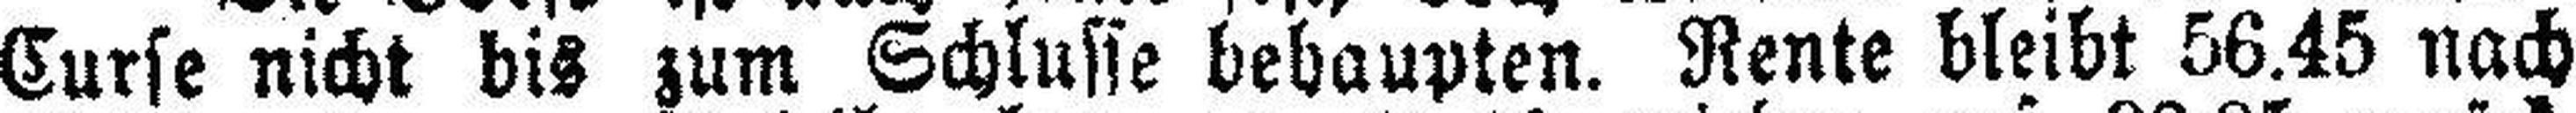
Curse nicht bis zum Schlusse behaupten. Rente bleibt 56.45 nach